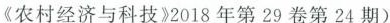
《农村经济与科技》2018年第29卷第24期)